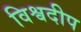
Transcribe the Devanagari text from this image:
विश्वदीप